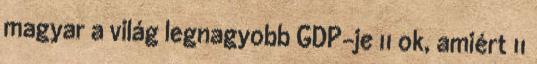
magyar a világ legnagyobb GDP-je 11 ok, amiért 11